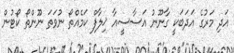
އަދި މަރުގެ އަދަބަކީ ގާނޫނު އަސާސީއާ ޚިލާފް ކަމެއްތޯ ނުވަތަ ނޫންތޯ ކޯޓުން